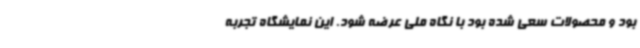
بود و محصولات سعی شده بود با نگاه ملی عرضه شود. این نمایشگاه تجربه